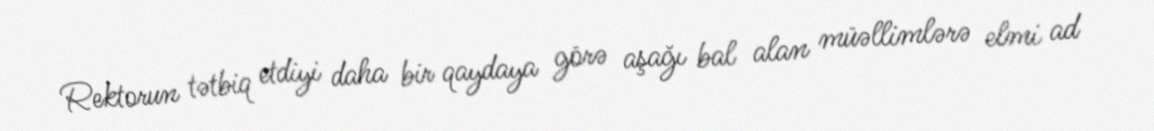
Rektorun tətbiq etdiyi daha bir qaydaya görə aşağı bal alan müəllimlərə elmi ad